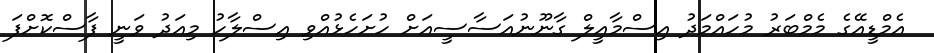
އެމްޑީއޭގެ މެމްބަރު މުހައްމަދު އިސްމާއީލް ގާނޫނުއަސާސީއަށް ހުށަހެޅުއްވި އިސްލާހު މިއަދު ވަނީ ފާސްކޮށްފަ